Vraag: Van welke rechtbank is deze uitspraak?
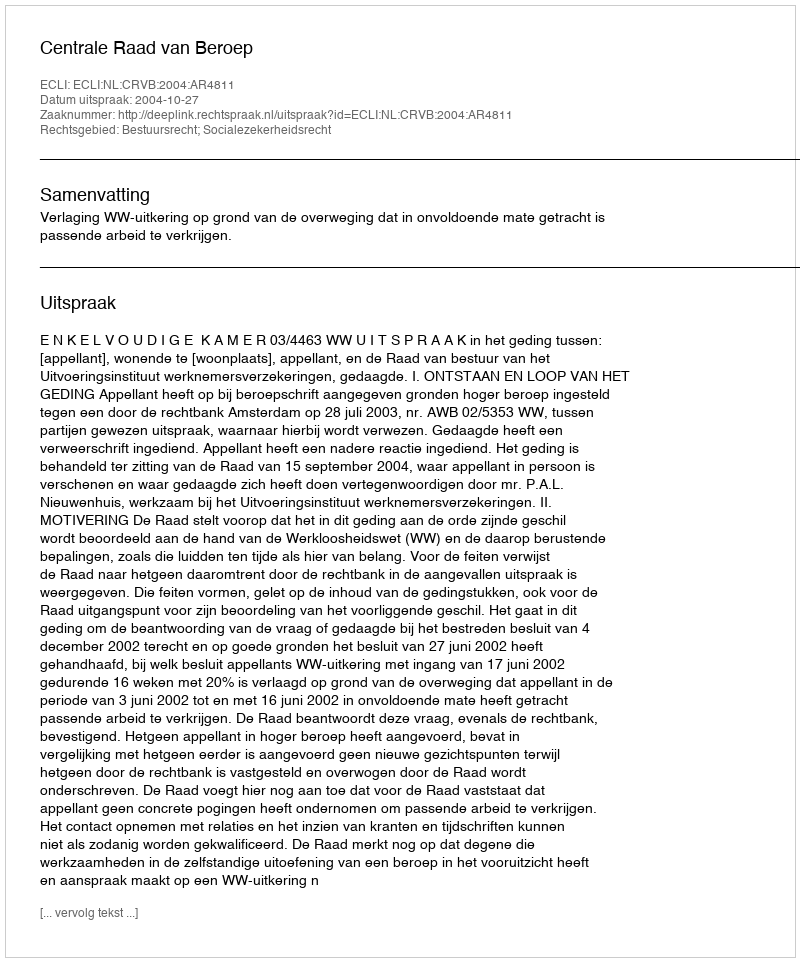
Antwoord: Centrale Raad van Beroep